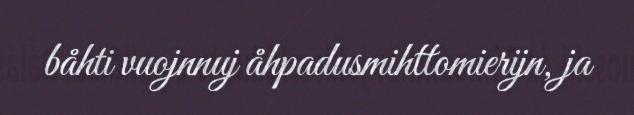
båhti vuojnnuj åhpadusmihttomierijn, ja